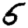
Digit: 5